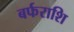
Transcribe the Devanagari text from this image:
बर्फराशि